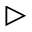
\triangleright